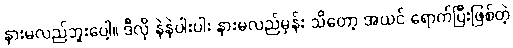
နားမလည်ဘူးပေါ့။ ဒီလို နဲနဲပါးပါး နားမလည်မှန်း သိတော့ အယင် ရောက်ပြီးဖြစ်တဲ့